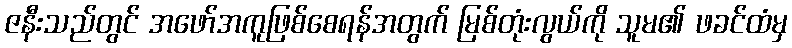
ဇနီးသည်တွင် အဖော်အကူဖြစ်စေရန်အတွက် မြစ်တုံးလွယ်ကို သူမ၏ ဖခင်ထံမှ